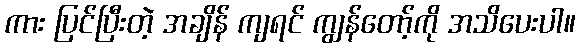
ကား ပြင်ပြီးတဲ့ အချိန် ကျရင် ကျွန်တော့်ကို အသိပေးပါ။